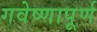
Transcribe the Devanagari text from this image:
गवेष्णापूर्ण